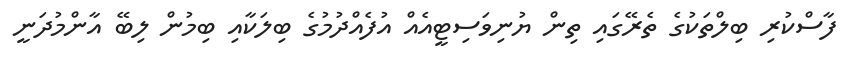
ފާސްކުރި ބިލްތަކުގެ ތެރޭގައި ތިން ޔުނިވަސިޓީއެއް އުފެއްދުމުގެ ބިލަަކާއި ބިމުން ލިބޭ އާންމުދަނީ